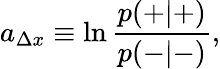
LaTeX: a_{\Delta x}\equiv\ln\frac{p(+|+)}{p(-|-)},